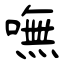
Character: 嘸